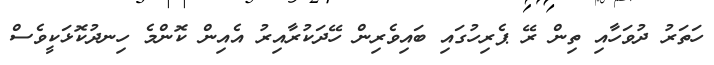
ހަތަރު ދުވަހާއި ތިން ރޭ ޕެރިހުގައި ބައިވެރިން ހޭދަކުރާއިރު އެއިން ކޮންމެ ހިނދުކޮޅަކީވެސް